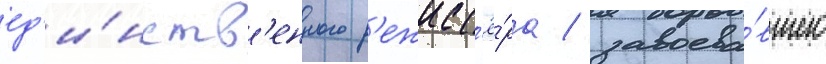
ед'и́нств'енного р'ежисс'ё́ра / завоева́вшего